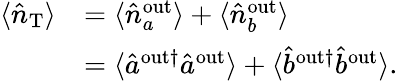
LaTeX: \begin{array}{rl}{\langle\hat{n}_{\mathrm{{T}}}\rangle}&{=\langle\hat{n}_{a}^{\mathrm{out}}\rangle+\langle\hat{n}_{b}^{\mathrm{{out}}}\rangle}\\ &{=\langle\hat{a}^{\mathrm{out}\dagger}\hat{a}^{\mathrm{{out}}}\rangle+\langle\hat{b}^{\mathrm{out}\dagger}\hat{b}^{\mathrm{{out}}}\rangle.}\end{array}